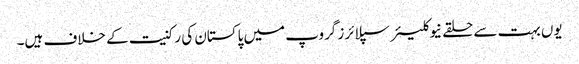
یوں بہت سے حلقے نیوکلیئر سپلائرز گروپ میں پاکستان کی رکنیت کے خلاف ہیں۔